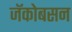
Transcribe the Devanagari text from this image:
जॅकोबसन